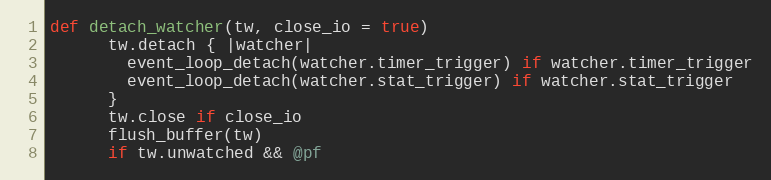
Language: Ruby
def detach_watcher(tw, close_io = true)
      tw.detach { |watcher|
        event_loop_detach(watcher.timer_trigger) if watcher.timer_trigger
        event_loop_detach(watcher.stat_trigger) if watcher.stat_trigger
      }
      tw.close if close_io
      flush_buffer(tw)
      if tw.unwatched && @pf